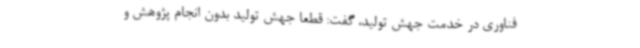
فناوری در خدمت جهش تولید، گفت: قطعا جهش تولید بدون انجام پژوهش و